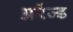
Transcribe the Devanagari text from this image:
अरेंज्ड